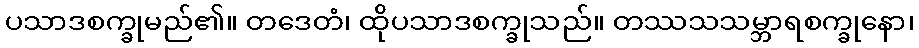
ပသာဒစက္ခုမည်၏။ တဒေတံ၊ ထိုပသာဒစက္ခုသည်။ တဿသသမ္ဘာရစက္ခုနော၊